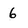
Character: 6